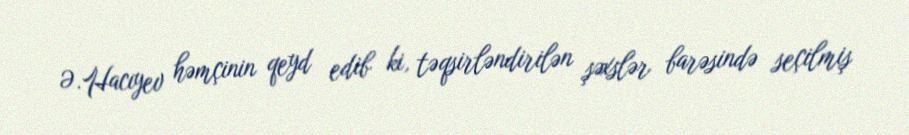
Ə.Hacıyev həmçinin qeyd edib ki, təqsirləndirilən şəxslər barəsində seçilmiş